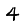
Digit: 4